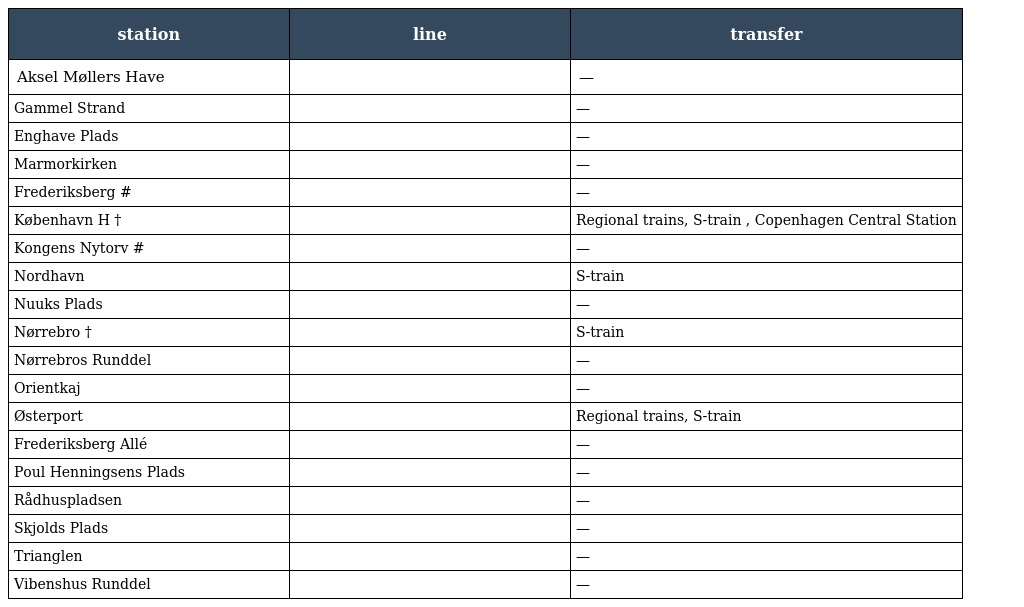
| station | line | transfer |
 | --- | --- | --- |
 | Aksel Møllers Have |  | — |
 | Gammel Strand |  | — |
 | Enghave Plads |  | — |
 | Marmorkirken |  | — |
 | Frederiksberg # |  | — |
 | København H † |  | Regional trains, S-train , Copenhagen Central Station |
 | Kongens Nytorv # |  | — |
 | Nordhavn |  | S-train |
 | Nuuks Plads |  | — |
 | Nørrebro † |  | S-train |
 | Nørrebros Runddel |  | — |
 | Orientkaj |  | — |
 | Østerport |  | Regional trains, S-train |
 | Frederiksberg Allé |  | — |
 | Poul Henningsens Plads |  | — |
 | Rådhuspladsen |  | — |
 | Skjolds Plads |  | — |
 | Trianglen |  | — |
 | Vibenshus Runddel |  | — |